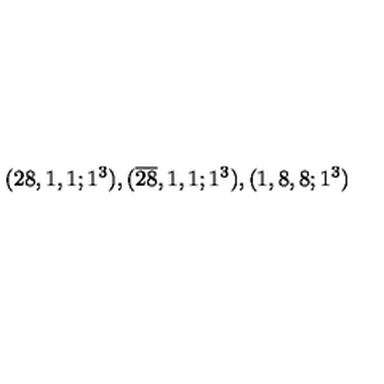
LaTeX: ( 2 8 , 1 , 1 ; 1 ^ { 3 } ) , ( \overline { { 2 8 } } , 1 , 1 ; 1 ^ { 3 } ) , ( 1 , 8 , 8 ; 1 ^ { 3 } )